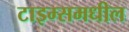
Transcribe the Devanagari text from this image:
टाइम्समधील